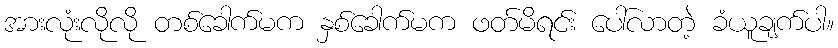
အားလုံးလိုလို တစ်ခေါက်မက နှစ်ခေါက်မက ဖတ်မိရင်း ပေါ်လာတဲ့ ခံယူချက်ပါ။